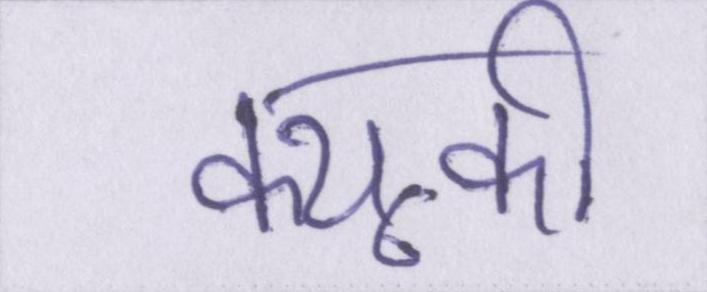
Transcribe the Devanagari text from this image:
क्यूकी